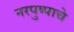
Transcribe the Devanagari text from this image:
नरपुष्पाचे